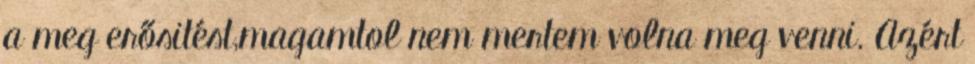
a meg erősitést,magamtol nem mertem volna meg venni. Azért